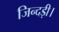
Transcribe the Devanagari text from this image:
जिन्दड़ी।